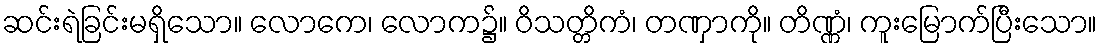
ဆင်းရဲခြင်းမရှိသော။ လောကေ၊ လောက၌။ ဝိသတ္တိကံ၊ တဏှာကို။ တိဏ္ဏံ၊ ကူးမြောက်ပြီးသော။